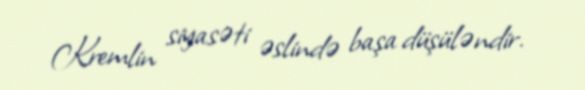
Kremlin siyasəti əslində başa düşüləndir.